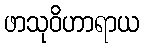
ဖာသုဝိဟာရာယ